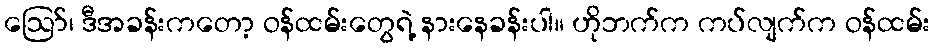
ဪ၊ ဒီအခန်းကတော့ ဝန်ထမ်းတွေရဲ့ နားနေခန်းပါ။ ဟိုဘက်က ကပ်လျက်က ဝန်ထမ်း